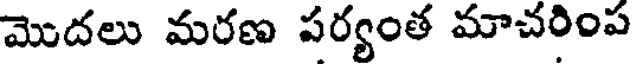
మొదలు మరణ పర్యంత మాచరింప